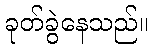
ခုတ်ခွဲနေသည်။